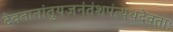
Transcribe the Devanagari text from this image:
देवतानांतुयजनंतंशपंत्यथदेवताः